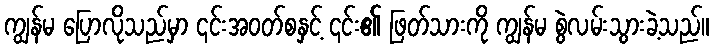
ကျွန်မ ပြောလိုသည်မှာ ၎င်းအဝတ်စနှင့် ၎င်း၏ ဖြတ်သားကို ကျွန်မ စွဲလမ်းသွားခဲ့သည်။